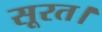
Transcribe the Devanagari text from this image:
सूरत।